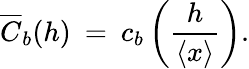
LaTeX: \overline{{C}}_{b}(h)\: =\: c_{b}\left(\frac{h}{\langle{x}\rangle}\right).